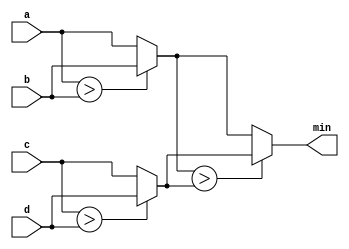
module top_module (
    input [7:0] a, b, c, d,
    output [7:0] min);//
    wire [7:0]a1,a2;
    assign a1=a>b?b:a;
    assign a2=c>d?d:c;
    assign min=a1>a2?a2:a1;

endmodule